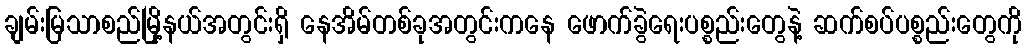
ချမ်းမြသာစည်မြို့နယ်အတွင်းရှိ နေအိမ်တစ်ခုအတွင်းကနေ ဖောက်ခွဲရေးပစ္စည်းတွေနဲ့ ဆက်စပ်ပစ္စည်းတွေကို